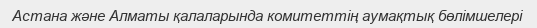
Астана және Алматы қалаларында комитеттің аумақтық бөлімшелері